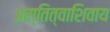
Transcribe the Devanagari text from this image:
अस्तित्वाशिवाय